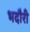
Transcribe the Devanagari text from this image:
भदौरी